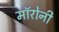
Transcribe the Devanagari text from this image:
मॉरोनी